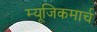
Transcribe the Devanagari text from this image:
म्यूजिकमार्च